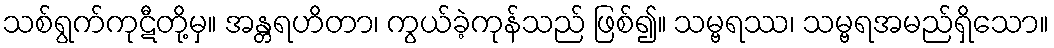
သစ်ရွက်ကုဋီတို့မှ။ အန္တရဟိတာ၊ ကွယ်ခဲ့ကုန်သည် ဖြစ်၍။ သမ္ဗရဿ၊ သမ္ဗရအမည်ရှိသော။